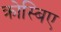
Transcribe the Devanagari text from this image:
क्रोस्बिए